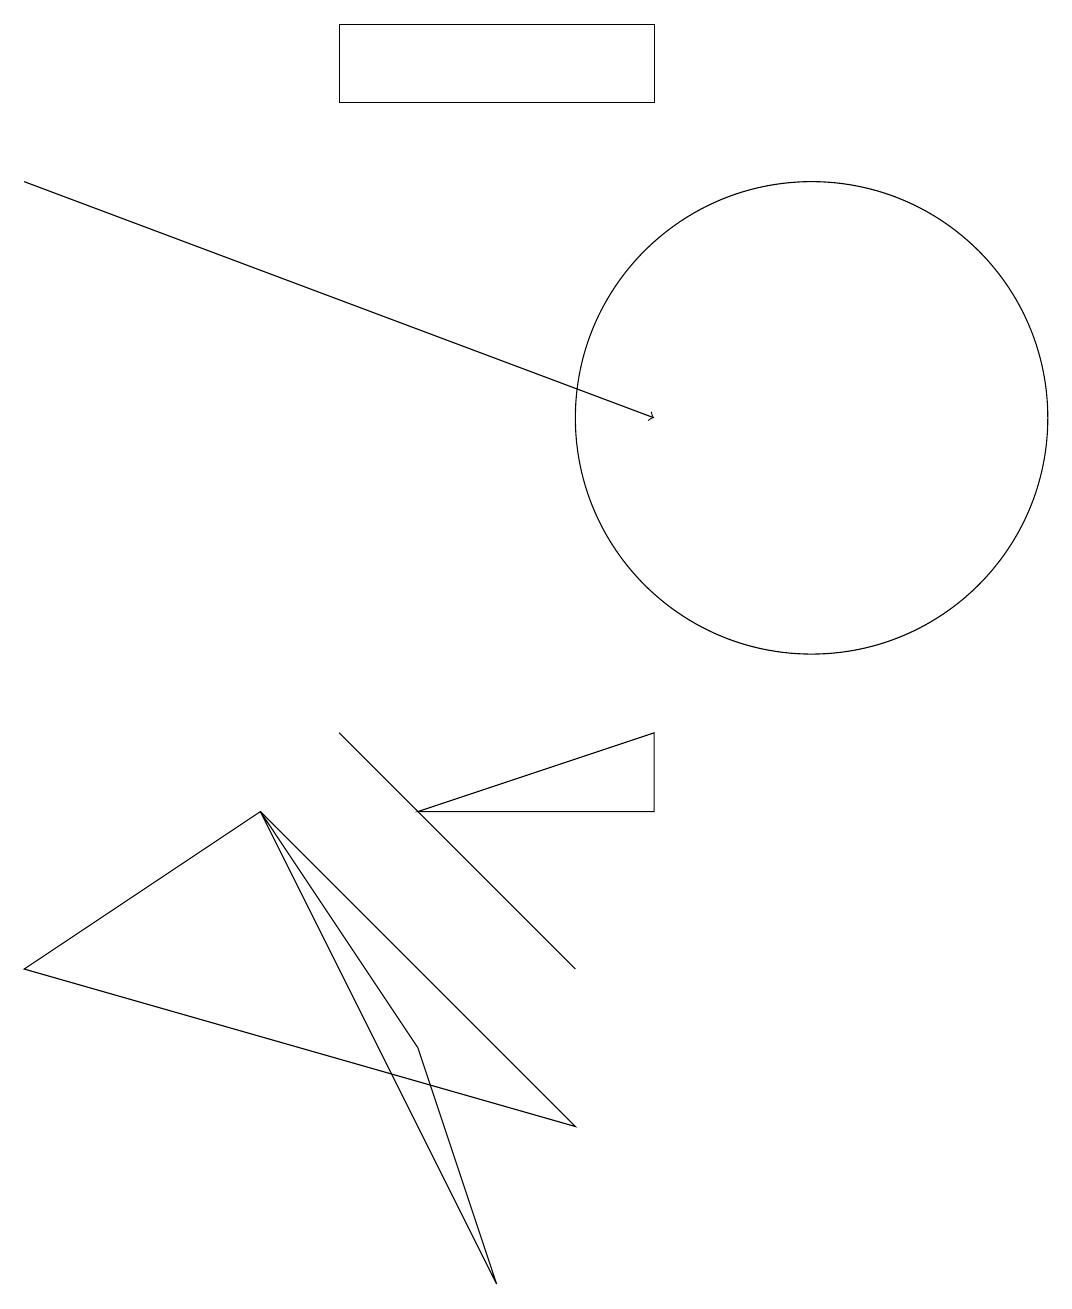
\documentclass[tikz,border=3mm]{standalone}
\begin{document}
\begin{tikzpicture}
\draw (10,12) circle (3);
\draw (6,6) -- (7,5) -- (4,8) -- cycle;
\draw (4,16) rectangle (8,17);
\draw (5,4) -- (6,1) -- (3,7) -- cycle;
\draw (5,7) -- (8,8) -- (8,7) -- cycle;
\draw (0,5) -- (3,7) -- (7,3) -- cycle;
\draw[->] (0,15) -- (8,12);
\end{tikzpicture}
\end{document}